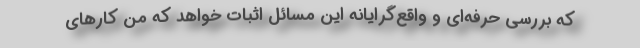
که بررسی حرفه‌ای و واقع‌گرایانه این مسائل اثبات خواهد که من کارهای